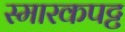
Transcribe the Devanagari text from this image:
स्मारकपट्ट